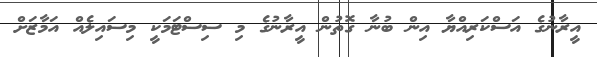
އީރާނުގެ އަސްކަރިއްޔާ އިން ބުނާ ގޮތުން އީރާނުގެ މި ސިސްޓަމަކީ މިސައިލެއް އަމާޒަށް